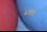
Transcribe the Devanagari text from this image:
भवतः।